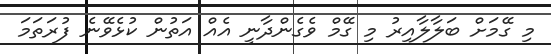
މި ގޭމަށް ބަލާލާއިރު މި ގޭމް ވެގެންދާނީ އެއް އަތުން ކުޅެވޭނެ ފުރަތަމަ